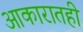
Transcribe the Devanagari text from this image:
आकारातही